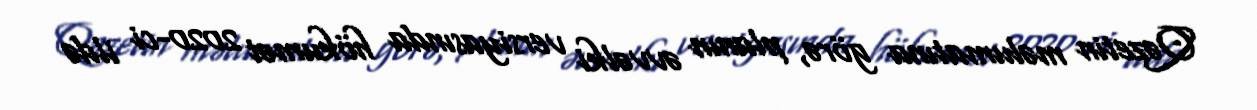
Qəzetin məlumatına görə, planın əvvəlki versiyasında hökumət 2020-ci ildə